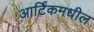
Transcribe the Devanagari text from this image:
आर्टिकमधील